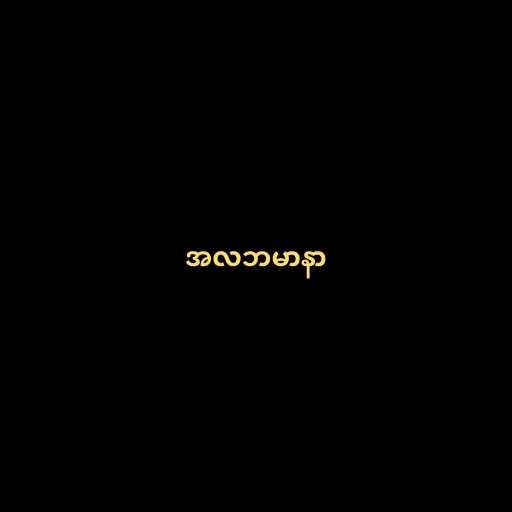
အလဘမာနာ